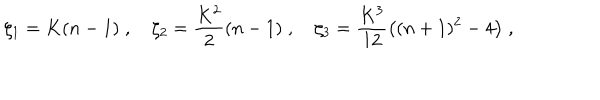
\zeta _ { 1 } = K ( n - 1 ) \; , \quad \zeta _ { 2 } = \frac { K ^ { 2 } } { 2 } ( n - 1 ) \; , \quad \zeta _ { 3 } = \frac { K ^ { 3 } } { 1 2 } \big ( ( n + 1 ) ^ { 2 } - 4 \big ) \; ,